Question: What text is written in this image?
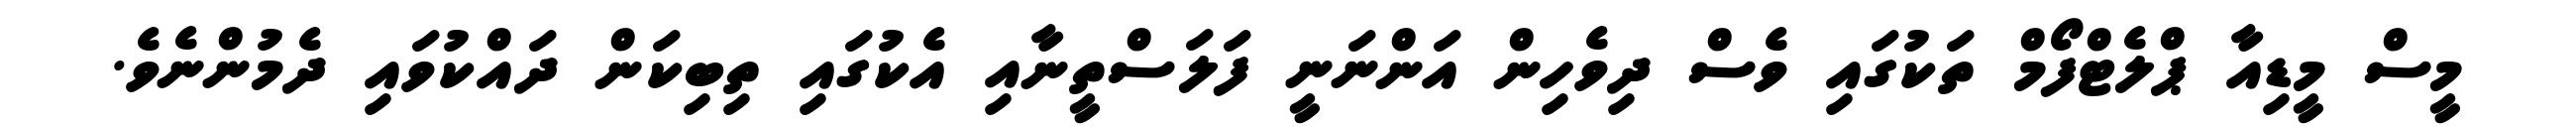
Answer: މީސް މީޑިއާ ޕްލެޓްފޯމް ތަކުގައި ވެސް ދިވެހިން އަންނަނީ ފަލަސްތީނާއި އެކުގައި ތިބިކަން ދައްކުވައި ދެމުންނެވެ.